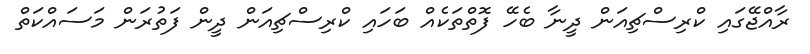
ރާއްޖޭގައި ކްރިސްޗިއަން ދީނާ ބެހޭ ފޮތްތަކެއް ބަހައި ކްރިސްޗިއަން ދީން ފަތުރަން މަސައްކަތް